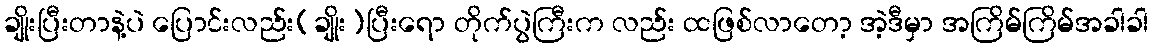
ချိုးပြီးတာနဲ့ပဲ ပြောင်းလည်း(ချိုး)ပြီးရော တိုက်ပွဲကြီးက လည်း ထဖြစ်လာတော့ အဲ့ဒီမှာ အကြိမ်ကြိမ်အခါခါ